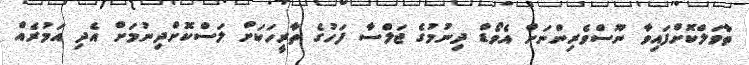
ތާވަލްކޮށްފައިވާ ނޫސްވެރިންނަށް އެވޯޑް ދިނުމުގެ ޖަލްސާ ފަހުގެ ތާރީހަކަށް ލަސްކޮށްދިނުމަށް އެދި އަމުރެއް